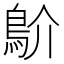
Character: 𩾴